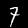
Label: 7